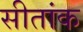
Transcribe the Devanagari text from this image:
सीतांक